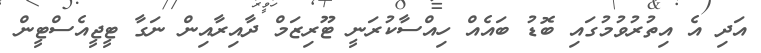
އަދި އެ އިތުރުވުމުގައި ބޮޑު ބައެއް ހިއްސާކުރަނީ ޓޫރިޒަމް ދާއިރާއިން ނަގާ ޓީޖީއެސްޓީން